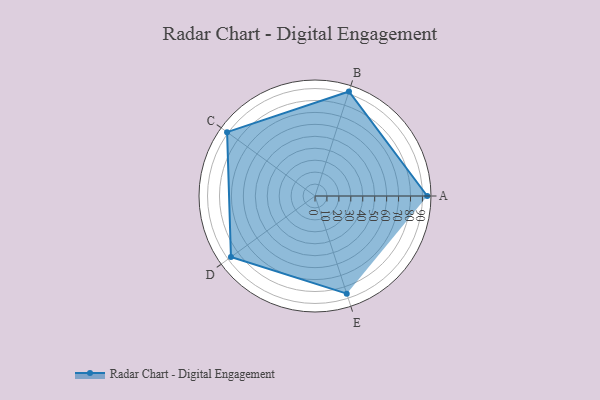
{"axis": {"x": "Skill", "y": "Score"}, "legend": ["Profile"], "data": [{"x": "A", "y": 94.0, "type": "Profile"}, {"x": "B", "y": 92.0, "type": "Profile"}, {"x": "C", "y": 91.0, "type": "Profile"}, {"x": "D", "y": 87.0, "type": "Profile"}, {"x": "E", "y": 86.0, "type": "Profile"}]}